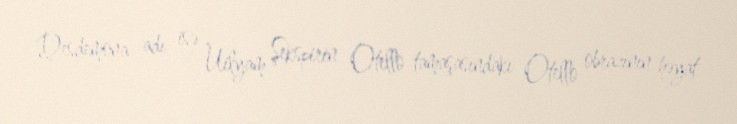
Desdemona adı isə Uilyam Şekspirin Otello tamaşasındakı Otello obrazının həyat